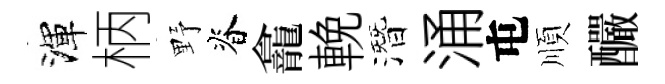
渾柄野脊龕輓潛涌屯順釅